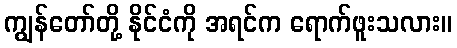
ကျွန်တော်တို့ နိုင်ငံကို အရင်က ရောက်ဖူးသလား။